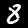
Digit: 8